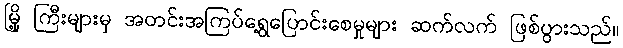
မြို့ ကြီးများမှ အတင်းအကြပ်ရွေ့ပြောင်းစေမှုများ ဆက်လက် ဖြစ်ပွားသည်။